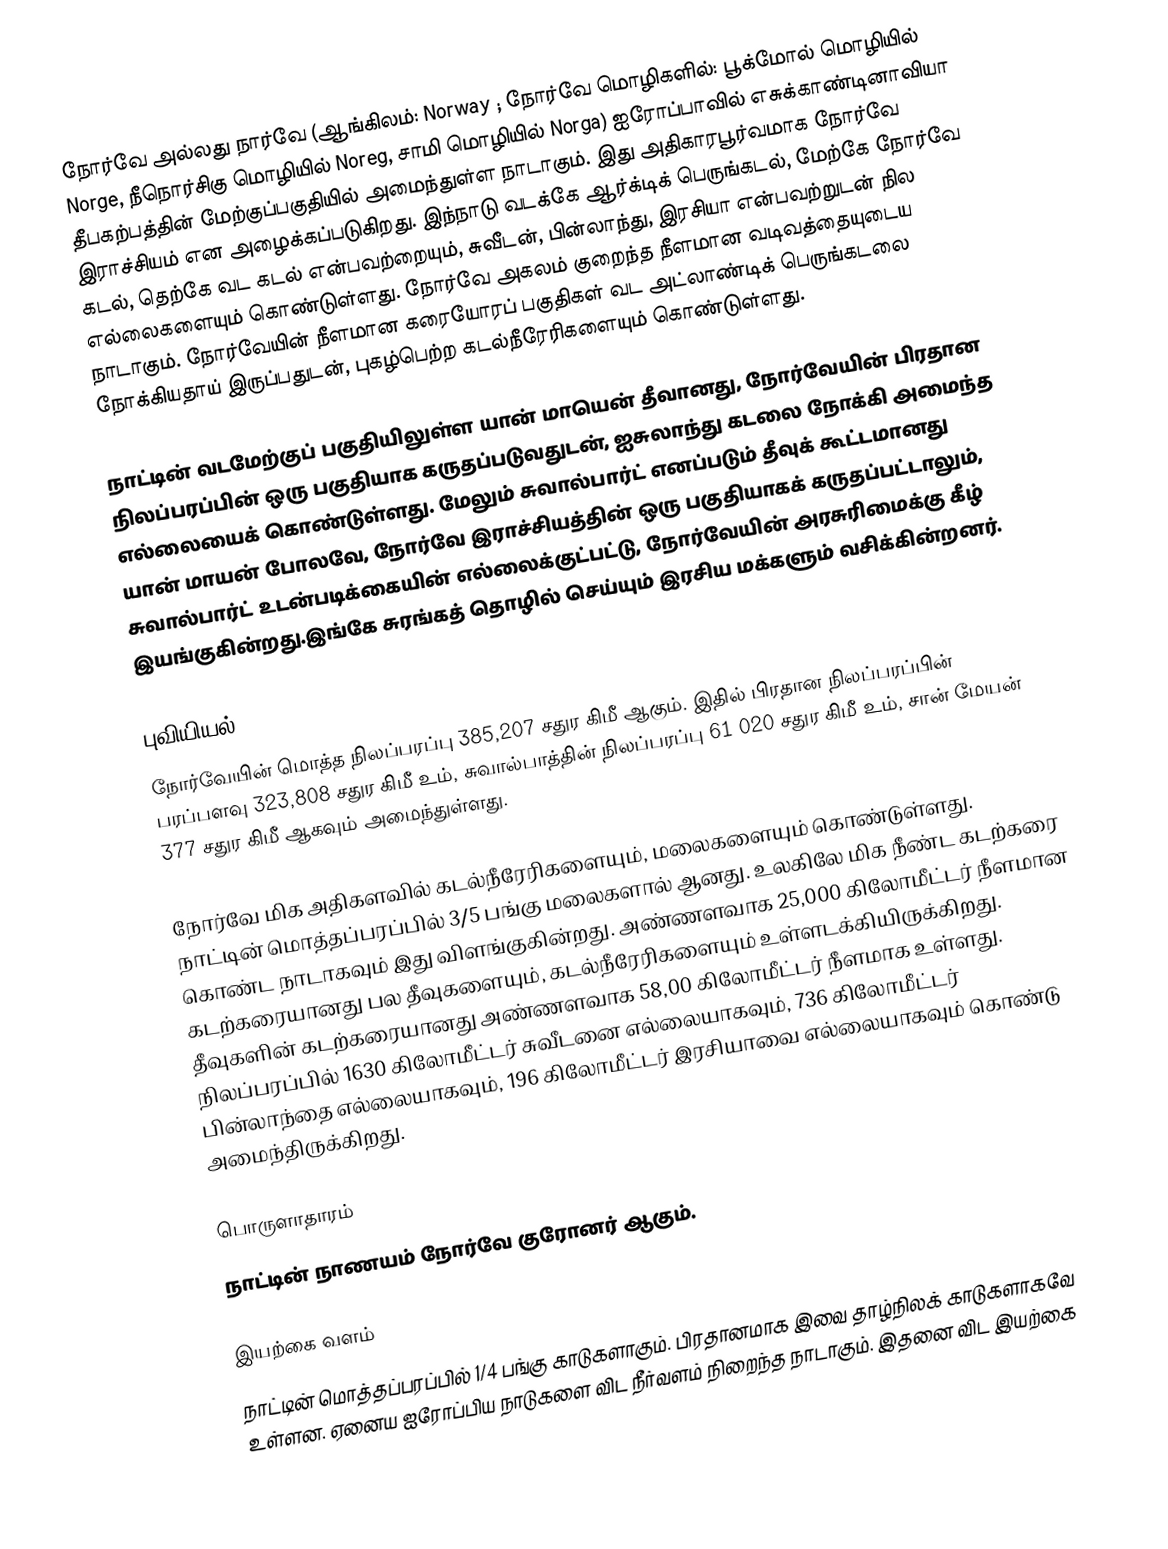
நோர்வே அல்லது நார்வே  (ஆங்கிலம்: Norway ; நோர்வே மொழிகளில்: பூக்மோல் மொழியில் Norge, நீநொர்சிகு மொழியில் Noreg, சாமி மொழியில் Norga) ஐரோப்பாவில் எசுக்காண்டினாவியா தீபகற்பத்தின் மேற்குப்பகுதியில் அமைந்துள்ள நாடாகும். இது அதிகாரபூர்வமாக நோர்வே இராச்சியம் என அழைக்கப்படுகிறது. இந்நாடு வடக்கே ஆர்க்டிக் பெருங்கடல், மேற்கே நோர்வே கடல், தெற்கே வட கடல் என்பவற்றையும், சுவீடன், பின்லாந்து, இரசியா என்பவற்றுடன் நில எல்லைகளையும் கொண்டுள்ளது. நோர்வே அகலம் குறைந்த நீளமான வடிவத்தையுடைய நாடாகும். நோர்வேயின் நீளமான கரையோரப் பகுதிகள் வட அட்லாண்டிக் பெருங்கடலை நோக்கியதாய் இருப்பதுடன், புகழ்பெற்ற கடல்நீரேரிகளையும் கொண்டுள்ளது.

நாட்டின் வடமேற்குப் பகுதியிலுள்ள யான் மாயென் தீவானது, நோர்வேயின் பிரதான நிலப்பரப்பின் ஒரு பகுதியாக கருதப்படுவதுடன், ஐசுலாந்து கடலை நோக்கி அமைந்த எல்லையைக் கொண்டுள்ளது. மேலும் சுவால்பார்ட் எனப்படும் தீவுக் கூட்டமானது யான் மாயன் போலவே, நோர்வே இராச்சியத்தின் ஒரு பகுதியாகக் கருதப்பட்டாலும், சுவால்பார்ட் உடன்படிக்கையின் எல்லைக்குட்பட்டு, நோர்வேயின் அரசுரிமைக்கு கீழ் இயங்குகின்றது.இங்கே சுரங்கத் தொழில் செய்யும் இரசிய மக்களும் வசிக்கின்றனர்.

புவியியல்
நோர்வேயின் மொத்த நிலப்பரப்பு 385,207 சதுர கிமீ ஆகும். இதில் பிரதான நிலப்பரப்பின் பரப்பளவு 323,808 சதுர கிமீ உம், சுவால்பாத்தின் நிலப்பரப்பு 61 020 சதுர கிமீ உம், சான் மேயன் 377 சதுர கிமீ ஆகவும் அமைந்துள்ளது.

நோர்வே மிக அதிகளவில் கடல்நீரேரிகளையும், மலைகளையும் கொண்டுள்ளது. நாட்டின் மொத்தப்பரப்பில் 3/5 பங்கு மலைகளால் ஆனது. உலகிலே மிக நீண்ட கடற்கரை கொண்ட நாடாகவும் இது விளங்குகின்றது. அண்ணளவாக 25,000 கிலோமீட்டர் நீளமான கடற்கரையானது பல தீவுகளையும், கடல்நீரேரிகளையும் உள்ளடக்கியிருக்கிறது. தீவுகளின் கடற்கரையானது அண்ணளவாக 58,00 கிலோமீட்டர் நீளமாக உள்ளது. நிலப்பரப்பில் 1630 கிலோமீட்டர் சுவீடனை எல்லையாகவும், 736 கிலோமீட்டர் பின்லாந்தை எல்லையாகவும், 196 கிலோமீட்டர் இரசியாவை எல்லையாகவும் கொண்டு அமைந்திருக்கிறது.

பொருளாதாரம்
நாட்டின் நாணயம் நோர்வே குரோனர் ஆகும்.

இயற்கை வளம்
நாட்டின் மொத்தப்பரப்பில் 1/4 பங்கு காடுகளாகும். பிரதானமாக இவை தாழ்நிலக் காடுகளாகவே உள்ளன. ஏனைய ஐரோப்பிய நாடுகளை விட நீர்வளம் நிறைந்த நாடாகும். இதனை விட இயற்கை